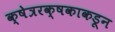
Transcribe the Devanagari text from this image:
क्षेत्ररक्षकाकडून